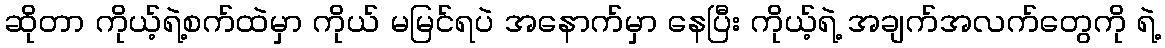
ဆိုတာ ကိုယ့်ရဲ့စက်ထဲမှာ ကိုယ် မမြင်ရပဲ အနောက်မှာ နေပြီး ကိုယ့်ရဲ့ အချက်အလက်တွေကို ရဲ့